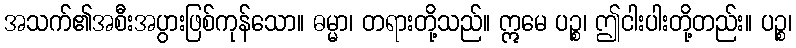
အသက်၏အစီးအပွားဖြစ်ကုန်သော။ ဓမ္မာ၊ တရားတို့သည်။ ဣမေ ပဉ္စ၊ ဤငါးပါးတို့တည်း။ ပဉ္စ၊